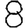
Digit: 8